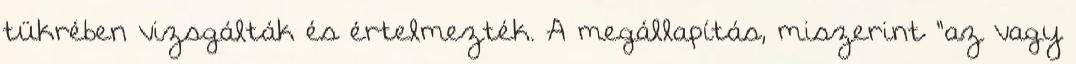
tükrében vizsgálták és értelmezték. A megállapítás, miszerint "az vagy